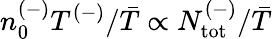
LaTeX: n_{0}^{(-)}T^{(-)}/\bar{T}\propto N_{\mathrm{{tot}}}^{(-)}/\bar{T}